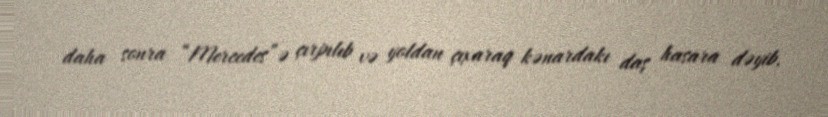
daha sonra “Mercedes”ə çırpılıb və yoldan çıxaraq kənardakı daş hasara dəyib.